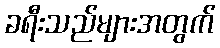
ခရီးသည်များအတွက်